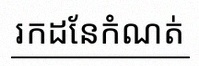
រកដែនកំណត់